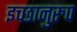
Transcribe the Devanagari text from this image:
इच्छानुरुप